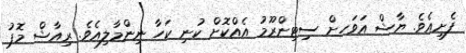
ފެށިއެވެ. ޔާޝް އަވަހށް ސިޓިންރޫމު އެއްކޮށް ކުނި ކަހާ ނިންމާލިއެވެ. ރިއާޝް މޮޕު